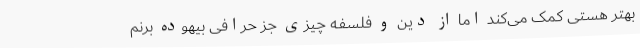
بهتر هستی کمک می‌کند اما از دین و فلسفه چیزی جز حرافی بیهوده برنم